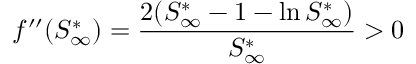
f ^ { \prime \prime } ( S _ { \infty } ^ { * } ) = \frac { 2 ( S _ { \infty } ^ { * } - 1 - \ln S _ { \infty } ^ { * } ) } { S _ { \infty } ^ { * } } > 0